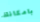
بامكانك